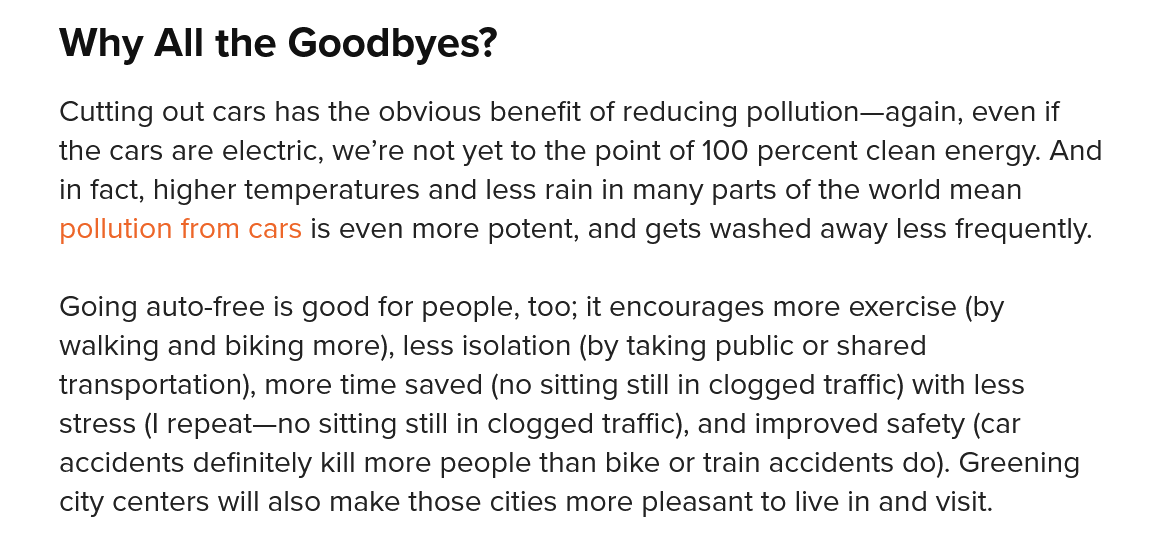
Why  All   the  Goodbyes?
     Cutting out cars has the obvious benefit of reducing pollution—again, even if
    the cars are electric, we’re not yet to the point of 100 percent clean energy. And
     in fact, higher temperatures and less rain in many parts of the world mean
     pollution from cars is even more potent, and gets washed away less frequently.
     Going auto-free is good for people, too; it encourages more exercise (by
     walking and biking more), less isolation (by taking public or shared
    transportation), more time saved (no sitting still in clogged traffic) with less
     stress (| repeat—no sitting still in clogged traffic), and improved safety (car
     accidents definitely kill more people than bike or train accidents do). Greening
     city centers will also make those cities more pleasant to live in and visit.